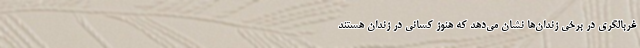
غربالگری در برخی زندان‌ها نشان می‌دهد که هنوز کسانی در زندان هستند